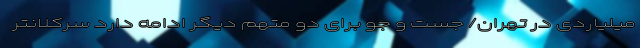
میلیاردی در تهران/ جست و جو برای دو متهم دیگر ادامه دارد سرکلانتر